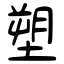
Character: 塑